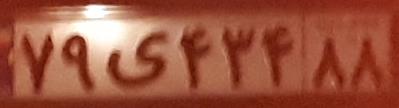
۷۹ی۴۳۴۸۸